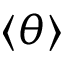
\langle \theta \rangle